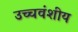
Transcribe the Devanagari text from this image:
उच्चवंशीय